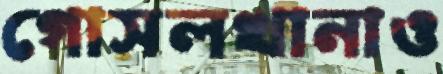
গোসলখানাও